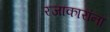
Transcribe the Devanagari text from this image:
रजाकारांना